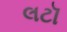
લટૉ